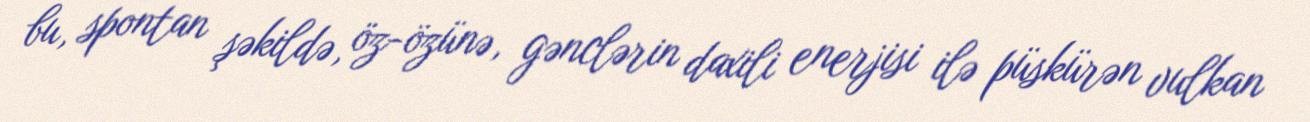
bu, spontan şəkildə, öz-özünə, gənclərin daxili enerjisi ilə püskürən vulkan